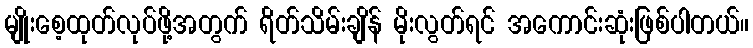
မျိုးစေ့ထုတ်လုပ်ဖို့အတွက် ရိတ်သိမ်းချိန် မိုးလွတ်ရင် အကောင်းဆုံးဖြစ်ပါတယ်။